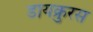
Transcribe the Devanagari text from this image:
डायक्रुरस